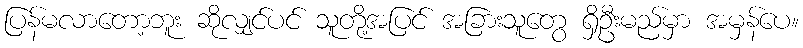
ပြန်မလာတော့ဘူး ဆိုလျှင်ပင် သူတို့အပြင် အခြားသူတွေ ရှိဦးမည်မှာ အမှန်ပေ။